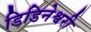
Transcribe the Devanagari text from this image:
डिडिनेश्वरी